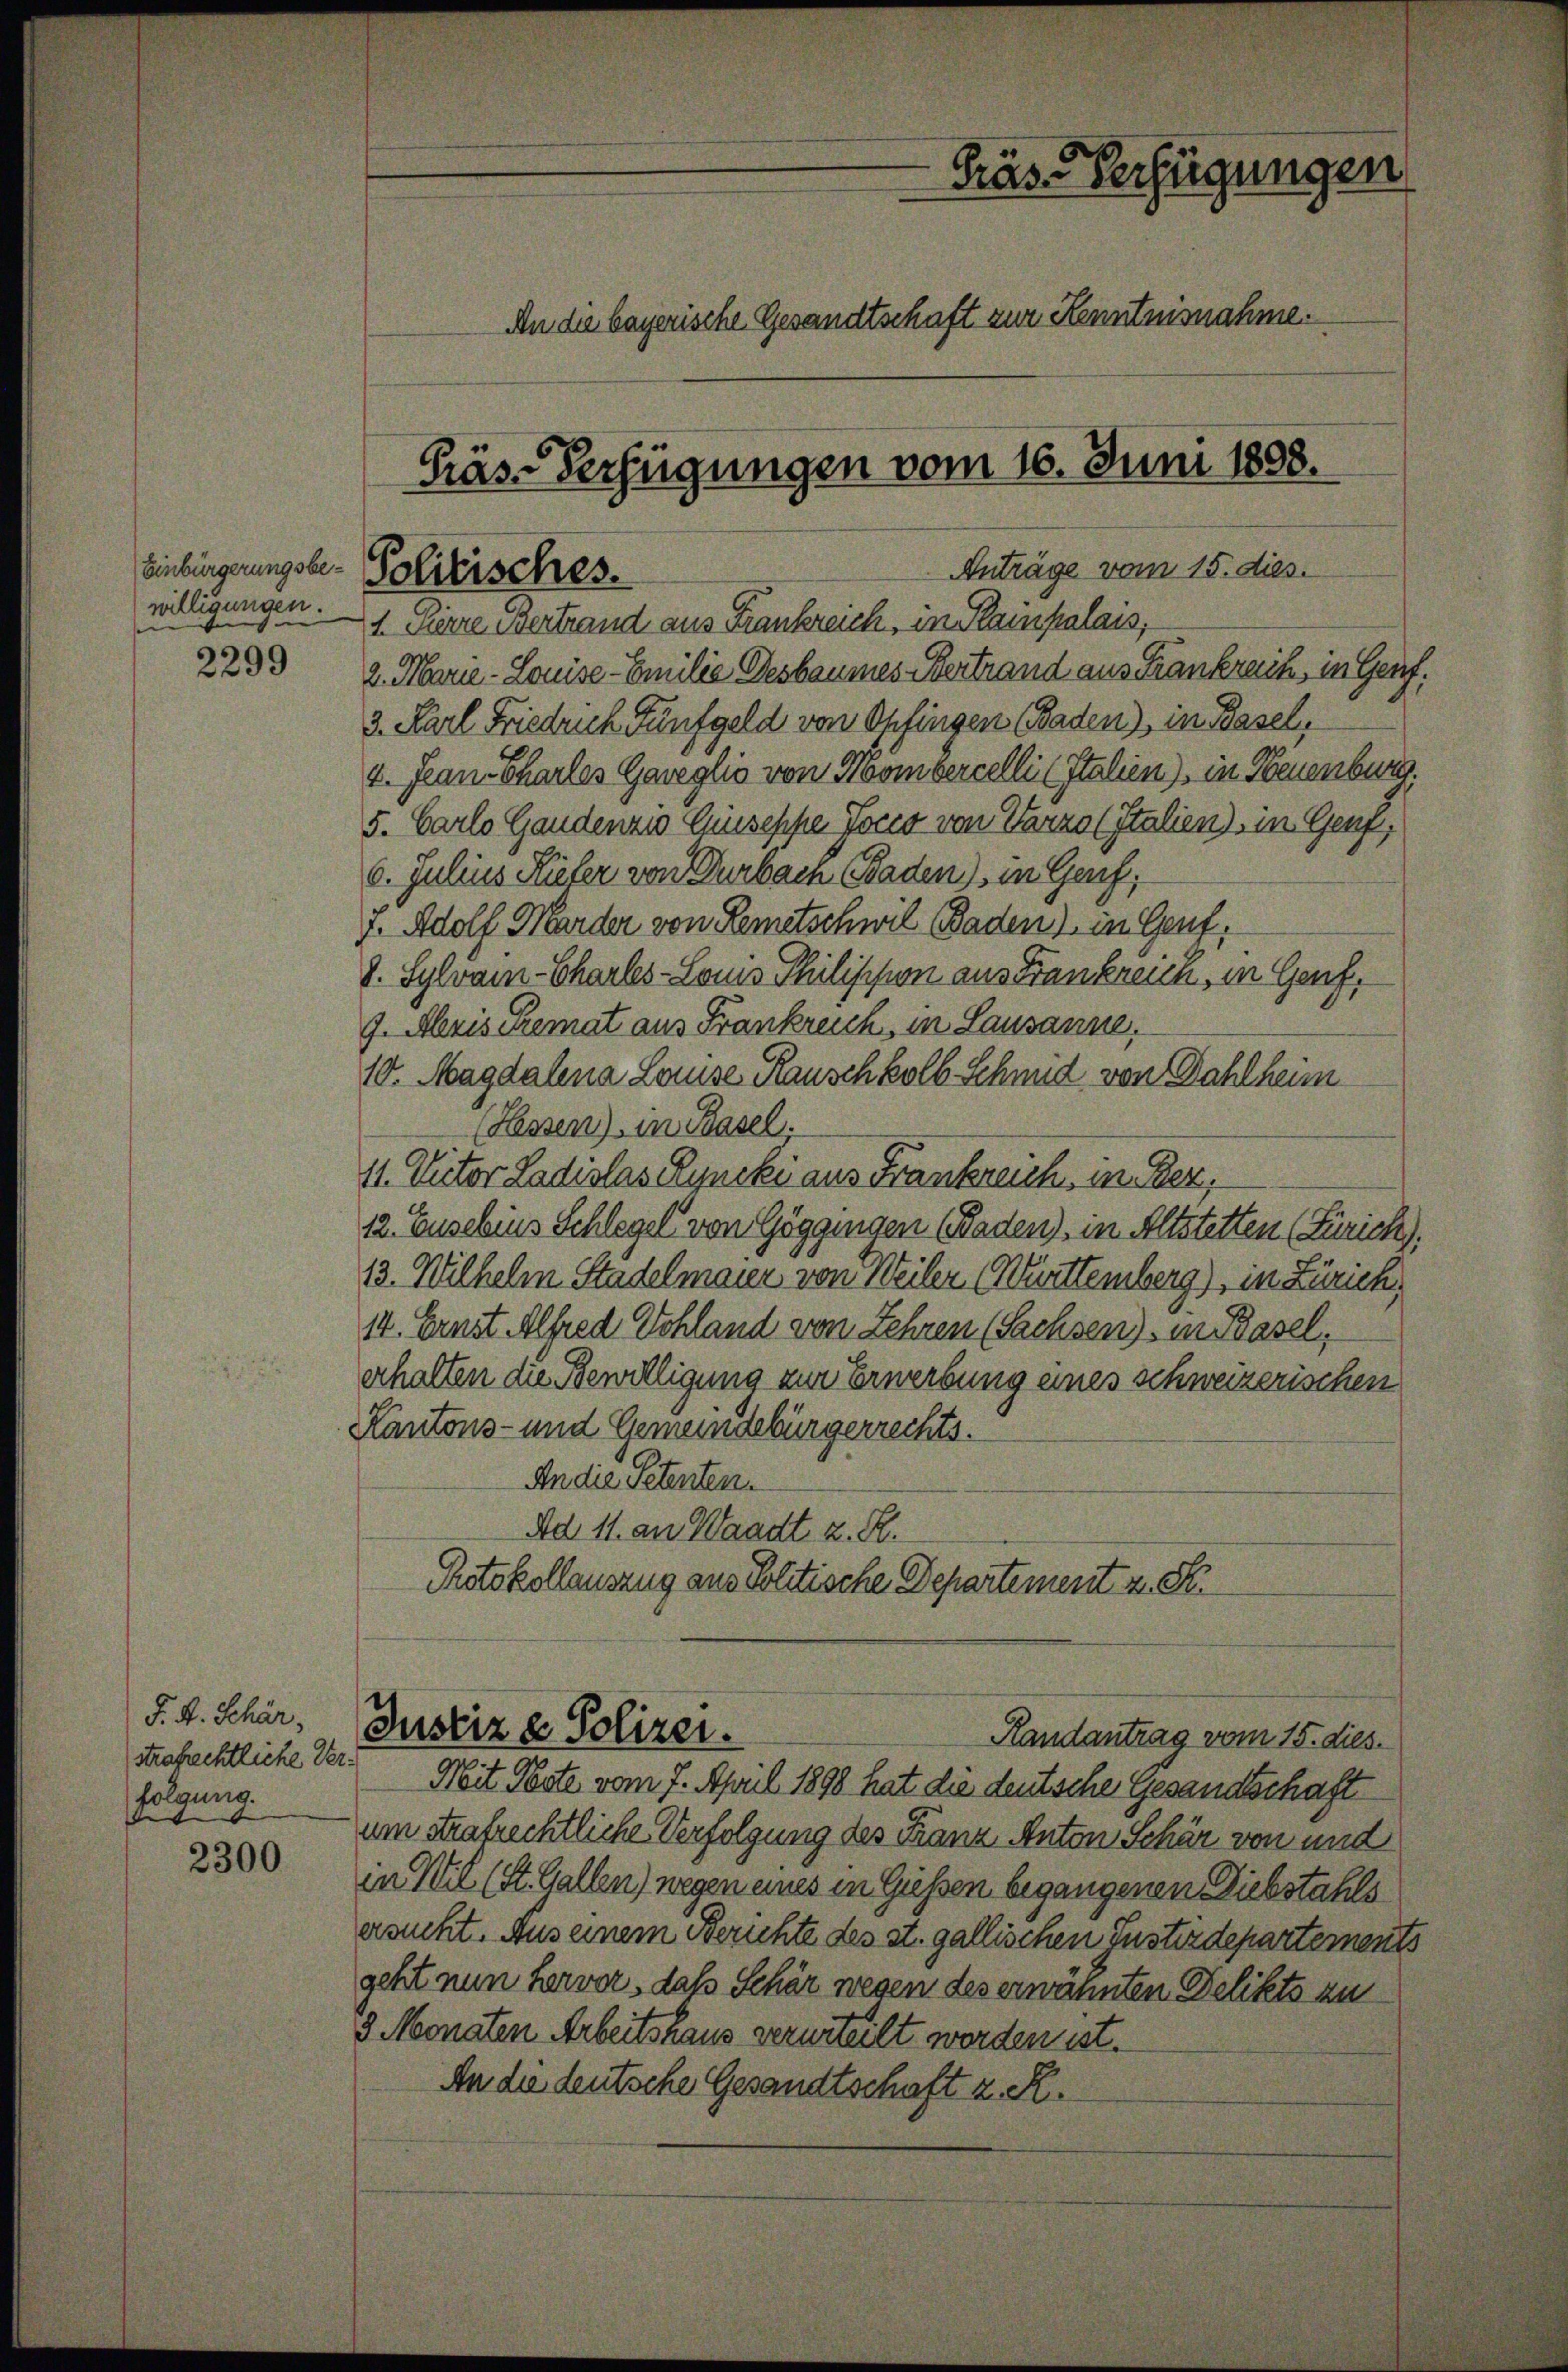
Einbürgerungsbewilligungen.
 |
2299

J. H. Schär,
strafrechtliche Verfolgung.

2300

Politisches.

Gräs-Verfügungen
An die bayerische Gesandtschaft zur Kenntnisnahme.
Präs-Verfügungen vom 16. Juni 1888.

Anträge vom 15. dies.
1. Herre Bertrand aus Frankreich, in Plainpalais,
2. Marie - Louise - Emilie Desbaumes Bertrand aus Frankreis, in Genf.
3. Karl Friedrich Fünfgeld von Opfingen Baden) in Basel,
2. Jean Charles Geweglio von Hombercelli (Italien), in Neuenburg.
5. Carlo Gaudenzwo Guseppe Jocco von Varzo (Italien), in Genf,
6. Julius Hiefer von Durbach Baden) in Genf,
f. Adolf Marder von Remetschwil Baden) in Genf,
V. Sylvam-Charles-Loms Philippion aus Frankreich, in Genf,
9. Abris Remat aus Frankreich, in Lausanne.
10. Magdalena Louise, Rauschkolb Schmid von Wahlheim
(Hessen), in Basel.
11. Victor Ladislas Ryncki aus Frankreich, im Ber
12. Eusebins Schlegel von Göggingen (Baden), in Altstetten (Zürich).
13. Wilhelm Stadelmaier von Weiler Württemberg), in Zürich,
14. Ernst. Alfred Schland von Lehren (Sachsen), in Basel,
erhalten die Bewilligung zur Erwerbung eines schweizerischen
Kantons- und Gemeindebürgerrechts.
An die Petenten.
Ad 11. an Waadt z. R.
Protokollauszug aus Politische Departement z. S.

Mit Poste vom 7. April 1898 hat die deutsche Gesandtschaft
um trafrechtliche Verfolgung des Franz Anton Schär von und
in Wil (St. Gallen) wegen eines in Güssen begangenen Diebstahls
ersucht. Aus einem Berichte des st. gallischen Justizdepartements
geht nun hervor, daß Schär wegen des erwähnten Delikts zu
3 Monaten Arbeitshaus verurteilt worden ist.
An die deutsche Gesandtschaft z. R.

Justiz & Polizei.
Randantrag vom 15. dies.